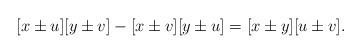
LaTeX: \begin{align*}[x\pm u][y\pm v]-[x\pm v][y\pm u]=[x\pm y][u\pm v]. \end{align*}